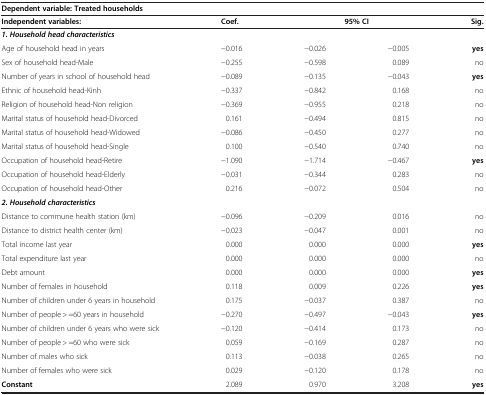
| Dependent variable: Treated households |  |  |  |  |
 | Independent variables: | Coef. | <COLSPAN=2> 95% CI | Sig. |
 | --- | --- | --- | --- | --- |
 | <COLSPAN=5> 1. Household head characteristics |
 | Age of household head in years | −0.016 | −0.026 | −0.005 | yes |
 | Sex of household head-Male | −0.255 | −0.598 | 0.089 | no |
 | Number of years in school of household head | −0.089 | −0.135 | −0.043 | yes |
 | Ethnic of household head-Kinh | −0.337 | −0.842 | 0.168 | no |
 | Religion of household head-Non religion | −0.369 | −0.955 | 0.218 | no |
 | Marital status of household head-Divorced | 0.161 | −0.494 | 0.815 | no |
 | Marital status of household head-Widowed | −0.086 | −0.450 | 0.277 | no |
 | Marital status of household head-Single | 0.100 | −0.540 | 0.740 | no |
 | Occupation of household head-Retire | −1.090 | −1.714 | −0.467 | yes |
 | Occupation of household head-Elderly | −0.031 | −0.344 | 0.283 | no |
 | Occupation of household head-Other | 0.216 | −0.072 | 0.504 | no |
 | <COLSPAN=5> 2. Household characteristics |
 | Distance to commune health station (km) | −0.096 | −0.209 | 0.016 | no |
 | Distance to district health center (km) | −0.023 | −0.047 | 0.001 | no |
 | Total income last year | 0.000 | 0.000 | 0.000 | yes |
 | Total expenditure last year | 0.000 | 0.000 | 0.000 | no |
 | Debt amount | 0.000 | 0.000 | 0.000 | yes |
 | Number of females in household | 0.118 | 0.009 | 0.226 | yes |
 | Number of children under 6 years in household | 0.175 | −0.037 | 0.387 | no |
 | Number of people > =60 years in household | −0.270 | −0.497 | −0.043 | yes |
 | Number of children under 6 years who were sick | −0.120 | −0.414 | 0.173 | no |
 | Number of people > =60 who were sick | 0.059 | −0.169 | 0.287 | no |
 | Number of males who sick | 0.113 | −0.038 | 0.265 | no |
 | Number of females who were sick | 0.029 | −0.120 | 0.178 | no |
 | Constant | 2.089 | 0.970 | 3.208 | yes |